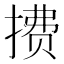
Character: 𫽧